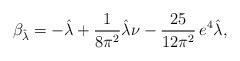
LaTeX: \begin{align*}\beta_{\hat\lambda}=-\hat \lambda+\frac{1}{8\pi^2}\hat\lambda\nu-\frac{25}{12\pi^2}\,e^4\hat \lambda,\end{align*}